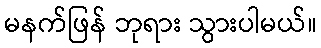
မနက်ဖြန် ဘုရား သွားပါမယ်။